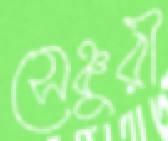
সেঞ্চুরী